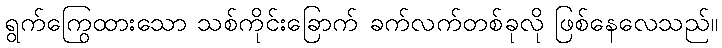
ရွက်ကြွေထားသော သစ်ကိုင်းခြောက် ခက်လက်တစ်ခုလို ဖြစ်နေလေသည်။